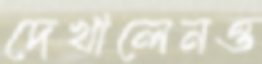
দেখালেনও